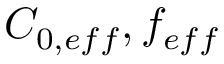
C _ { 0 , e f f } , f _ { e f f }